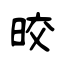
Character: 晈